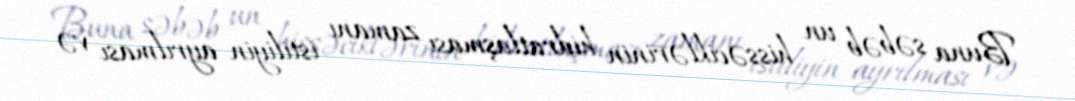
Buna səbəb un hissəciklərinin hidratlaşması zamanı istiliyin ayrılması və